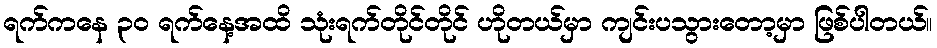
ရက်ကနေ ၃၀ ရက်နေ့အထိ သုံးရက်တိုင်တိုင် ဟိုတယ်မှာ ကျင်းပသွားတော့မှာ ဖြစ်ပါတယ်။